Vaccination report Assam 1874-1896 - 1874-1896
Year: 1874
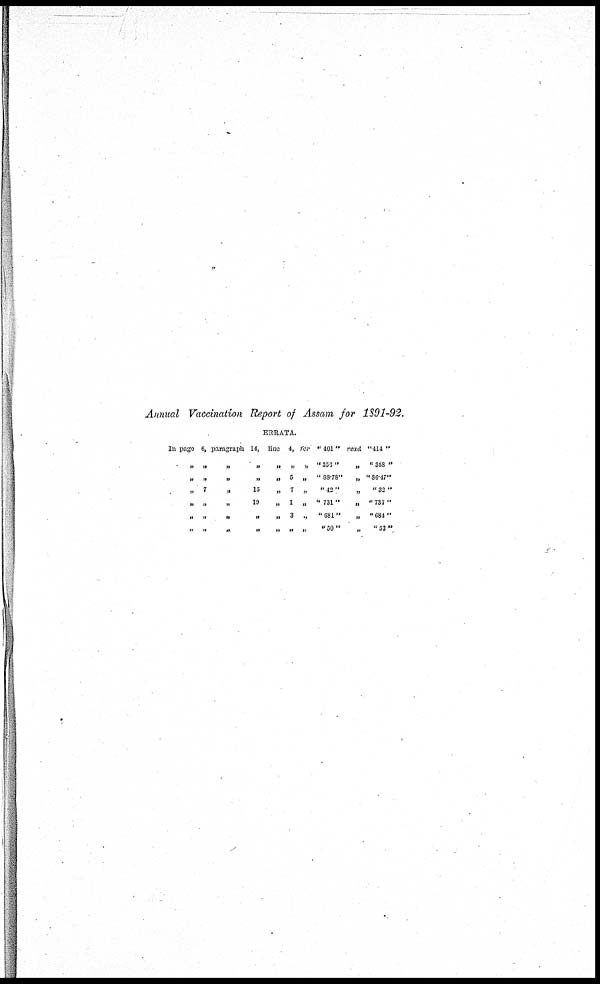
Annual Vaccination Report of Assam for 1891-92.
ERRATA.
In page 6, paragraph 14, line 4, for " 401" read "414"
„ „
„
„
„ „ „
''356
„
''353''
„ „
„
„
„ 5 „ " 88.78"
„ "86.47"
„7
„15
„ 7 „
"42"
„
"32"
„ „
„
19
„ 1 „ "731"
„ "737"
„
„
„
„
„ 3 „
"681"
„ "684"
„
„
„
„
„ „ „
"50"
„
''53''